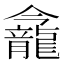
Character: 𪚕